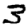
Digit: 3